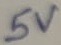
Text: 5V